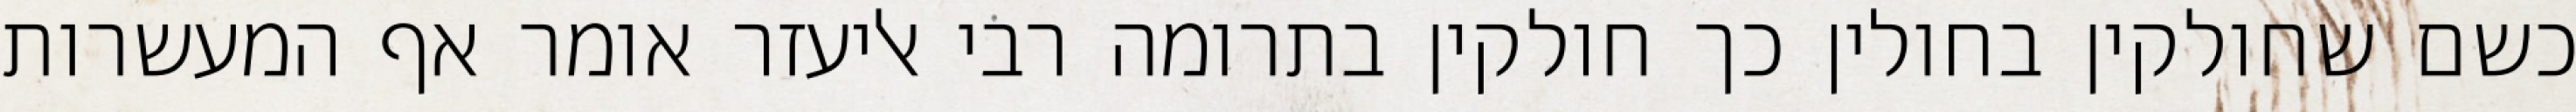
כשם שחולקין בחולין כך חולקין בתרומה רבי אליעזר אומר אף המעשרות